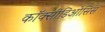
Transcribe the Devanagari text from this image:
कॉक्सीडिओसिस